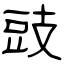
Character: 豉